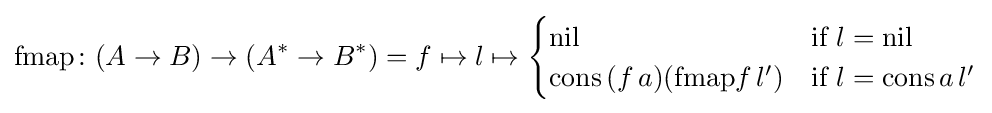
{\text{fmap}}\colon (A\to B)\to (A^{*}\to B^{*})=f\mapsto l\mapsto {\begin{cases}{\text{nil}}&{\text{if}}\ l={\text{nil}}\\{\text{cons}}\,(f\,a)({\text{fmap}}f\,l')&{\text{if}}\ l={\text{cons}}\,a\,l'\end{cases}}